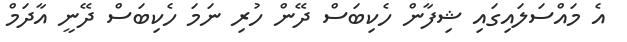
އެ މައްސަލައިގައި ޝިފާން ހެކިބަސް ދޭން ހުރި ނަމަ ހެކިބަސް ދޭނީ އާދަމް